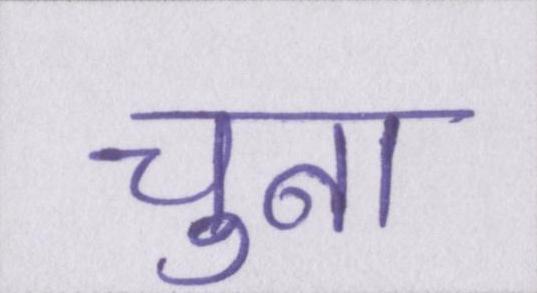
चुना